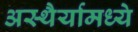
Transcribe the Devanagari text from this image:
अस्थैर्यामध्ये